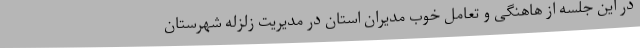
در این جلسه از هاهنگی و تعامل خوب مدیران استان در مدیریت زلزله شهرستان